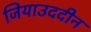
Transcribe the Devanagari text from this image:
जियाउददीन